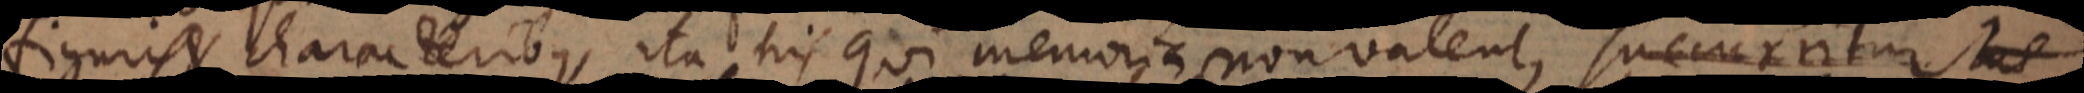
figuris et characteribus, ita his qui memoria non valent, succurritur